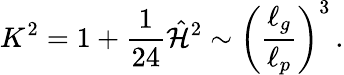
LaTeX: K^{2}=1+{\frac{1}{24}}\hat{\cal H}^{2}\sim\left({\frac{\ell_{g}}{\ell_{p}}}\right)^{3}\, .